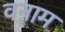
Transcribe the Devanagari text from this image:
वनाम